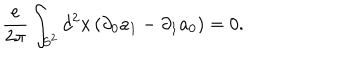
LaTeX: { \frac { e } { 2 \pi } } \int _ { S ^ { 2 } } d ^ { 2 } x \, ( \partial _ { 0 } a _ { 1 } - \partial _ { 1 } a _ { 0 } ) = 0 .